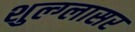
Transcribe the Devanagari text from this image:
शुल्‍ग्‍लासर